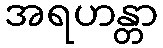
အရဟန္တာ